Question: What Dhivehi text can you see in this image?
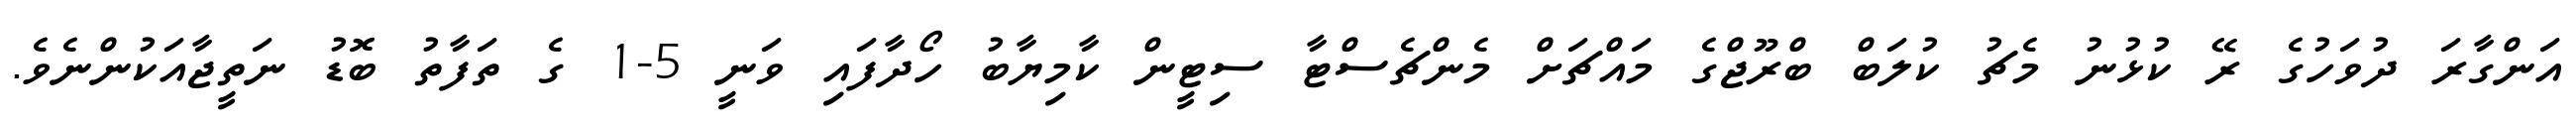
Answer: އަންގާރަ ދުވަހުގެ ރޭ ކުޅުނު މެޗު ކުލަބް ބްރޫޖްގެ މައްޗަށް މެންޗެސްޓާ ސިޓީން ކާމިޔާބު ހޯދާފައި ވަނީ 5-1 ގެ ތަފާތު ބޮޑު ނަތީޖާއަކުންނެވެ.